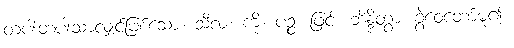
တပါးတပါးသာလျှင်ဖြစ်သော။ သီလံ၊ ကို။ ပဉ္စ၊ ဖြင့်။ ဘိန္ဒိတွာ၊ ခွဲဝေတော်မူ၍။